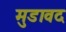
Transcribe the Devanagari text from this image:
मुडावद